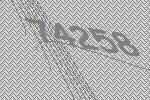
74258